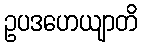
ဥပဒဟေယျာတိ